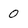
Character: 0